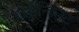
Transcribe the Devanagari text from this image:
रोज़ेन्किस्ट